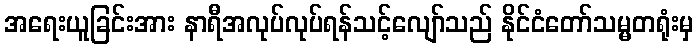
အရေးယူခြင်းအား နာရီအလုပ်လုပ်ရန်သင့်လျော်သည် နိုင်ငံတော်သမ္မတရုံးမှ